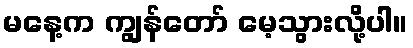
မနေ့က ကျွန်တော် မေ့သွားလို့ပါ။